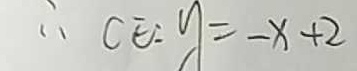
\therefore C E : y = - x + 2